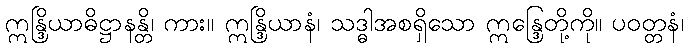
ဣန္ဒြိယာဓိဋ္ဌာနန္တိ၊ ကား။ ဣန္ဒြိယာနံ၊ သဒ္ဓါအစရှိသော ဣန္ဒြေတို့ကို။ ပဝတ္တနံ၊